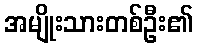
အမျိုးသားတစ်ဦး၏